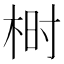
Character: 𰗨